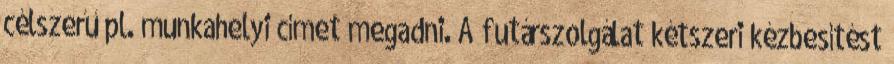
célszerű pl. munkahelyi címet megadni. A futárszolgálat kétszeri kézbesítést